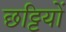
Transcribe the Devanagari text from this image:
छट्टियों